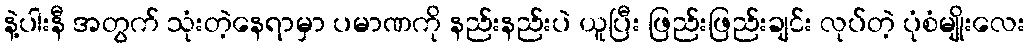
နဲ့ပါးနီ အတွက် သုံးတဲ့နေရာမှာ ပမာဏကို နည်းနည်းပဲ ယူပြီး ဖြည်းဖြည်းချင်း လုပ်တဲ့ ပုံစံမျိုးလေး